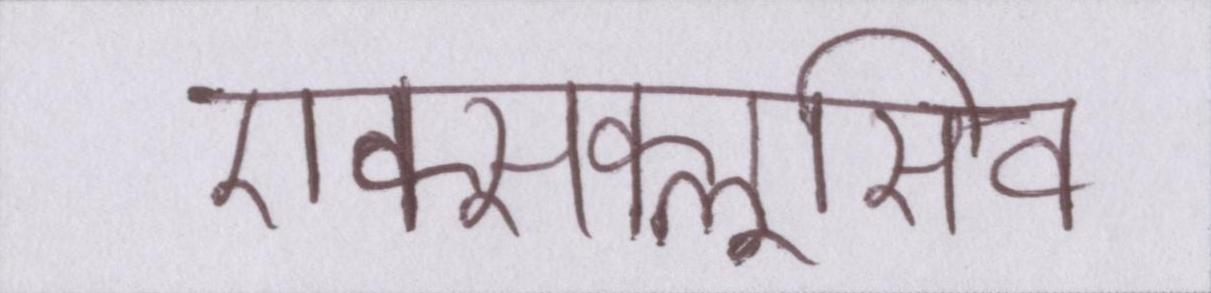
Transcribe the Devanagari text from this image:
एक्सक्लूसिव